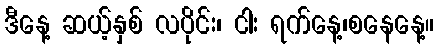
ဒီနေ့ ဆယ့်နှစ် လပိုင်း၊ ငါး ရက်နေ့၊စနေနေ့။